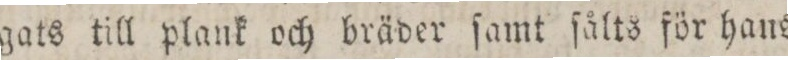
gats till plank och bräder ſamt ſålts för hans